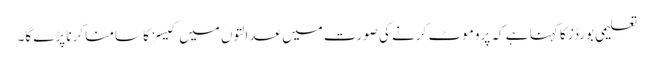
تعلیمی بورڈز کا کہنا ہے کہ پروموٹ کرنے کی صورت میں عدالتوں میں کیسز کا سامنا کرنا پڑے گا۔